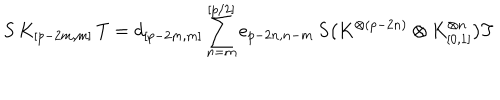
LaTeX: S \, K _ { [ p - 2 m , m ] } \, T = d _ { [ p - 2 m , m ] } \sum _ { n = m } ^ { [ p / 2 ] } e _ { p - 2 n , n - m } \, S \bigl ( K ^ { \otimes ( p - 2 n ) } \otimes K _ { [ 0 , 1 ] } ^ { \otimes n } \bigr ) T